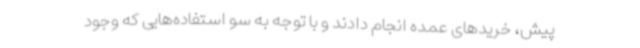
پیش، خریدهای عمده انجام دادند و با توجه به سو استفاده‌هایی که وجود